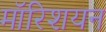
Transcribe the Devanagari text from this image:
मॉरिशयन